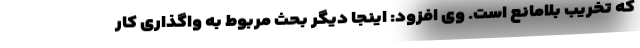
که تخریب بلامانع است. وی افزود: اینجا دیگر بحث مربوط به واگذاری کار